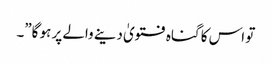
تو اس کا گناہ فتویٰ دینے والے پر ہو گا”۔